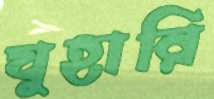
যুহারি